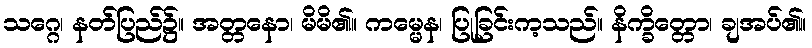
သဂ္ဂေ၊ နတ်ပြည်၌။ အတ္တနော၊ မိမိ၏။ ကမ္မေန၊ ပြုခြင်းက့သည်။ နိက္ခိတ္တော၊ ချအပ်၏။